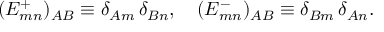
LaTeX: ( E _ { m n } ^ { + } ) _ { A B } \equiv \delta _ { A m } \, \delta _ { B n } , \quad ( E _ { m n } ^ { - } ) _ { A B } \equiv \delta _ { B m } \, \delta _ { A n } .